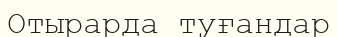
Отырарда туғандар